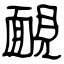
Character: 靦